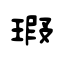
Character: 瑕